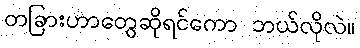
တခြားဟာတွေဆိုရင်ကော ဘယ်လိုလဲ။